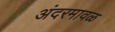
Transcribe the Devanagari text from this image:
अंदरमावळ